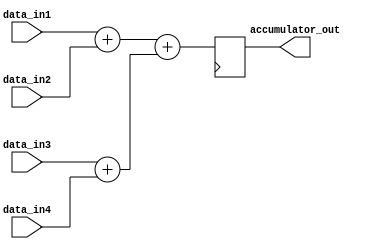
module parallel_accumulator(
    input [7:0] data_in1,
    input [7:0] data_in2,
    input [7:0] data_in3,
    input [7:0] data_in4,
    output reg [7:0] accumulator_out
);

reg [15:0] sum1;
reg [15:0] sum2;

assign sum1 = data_in1 + data_in2;
assign sum2 = data_in3 + data_in4;

always @ (posedge clk) begin
    accumulator_out <= sum1 + sum2;
end

endmodule